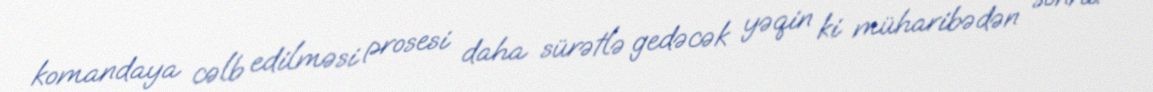
komandaya cəlb edilməsi prosesi daha sürətlə gedəcək yəqin ki müharibədən sonra.